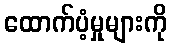
ထောက်ပံ့မှုများကို